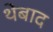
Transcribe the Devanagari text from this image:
थेबाद